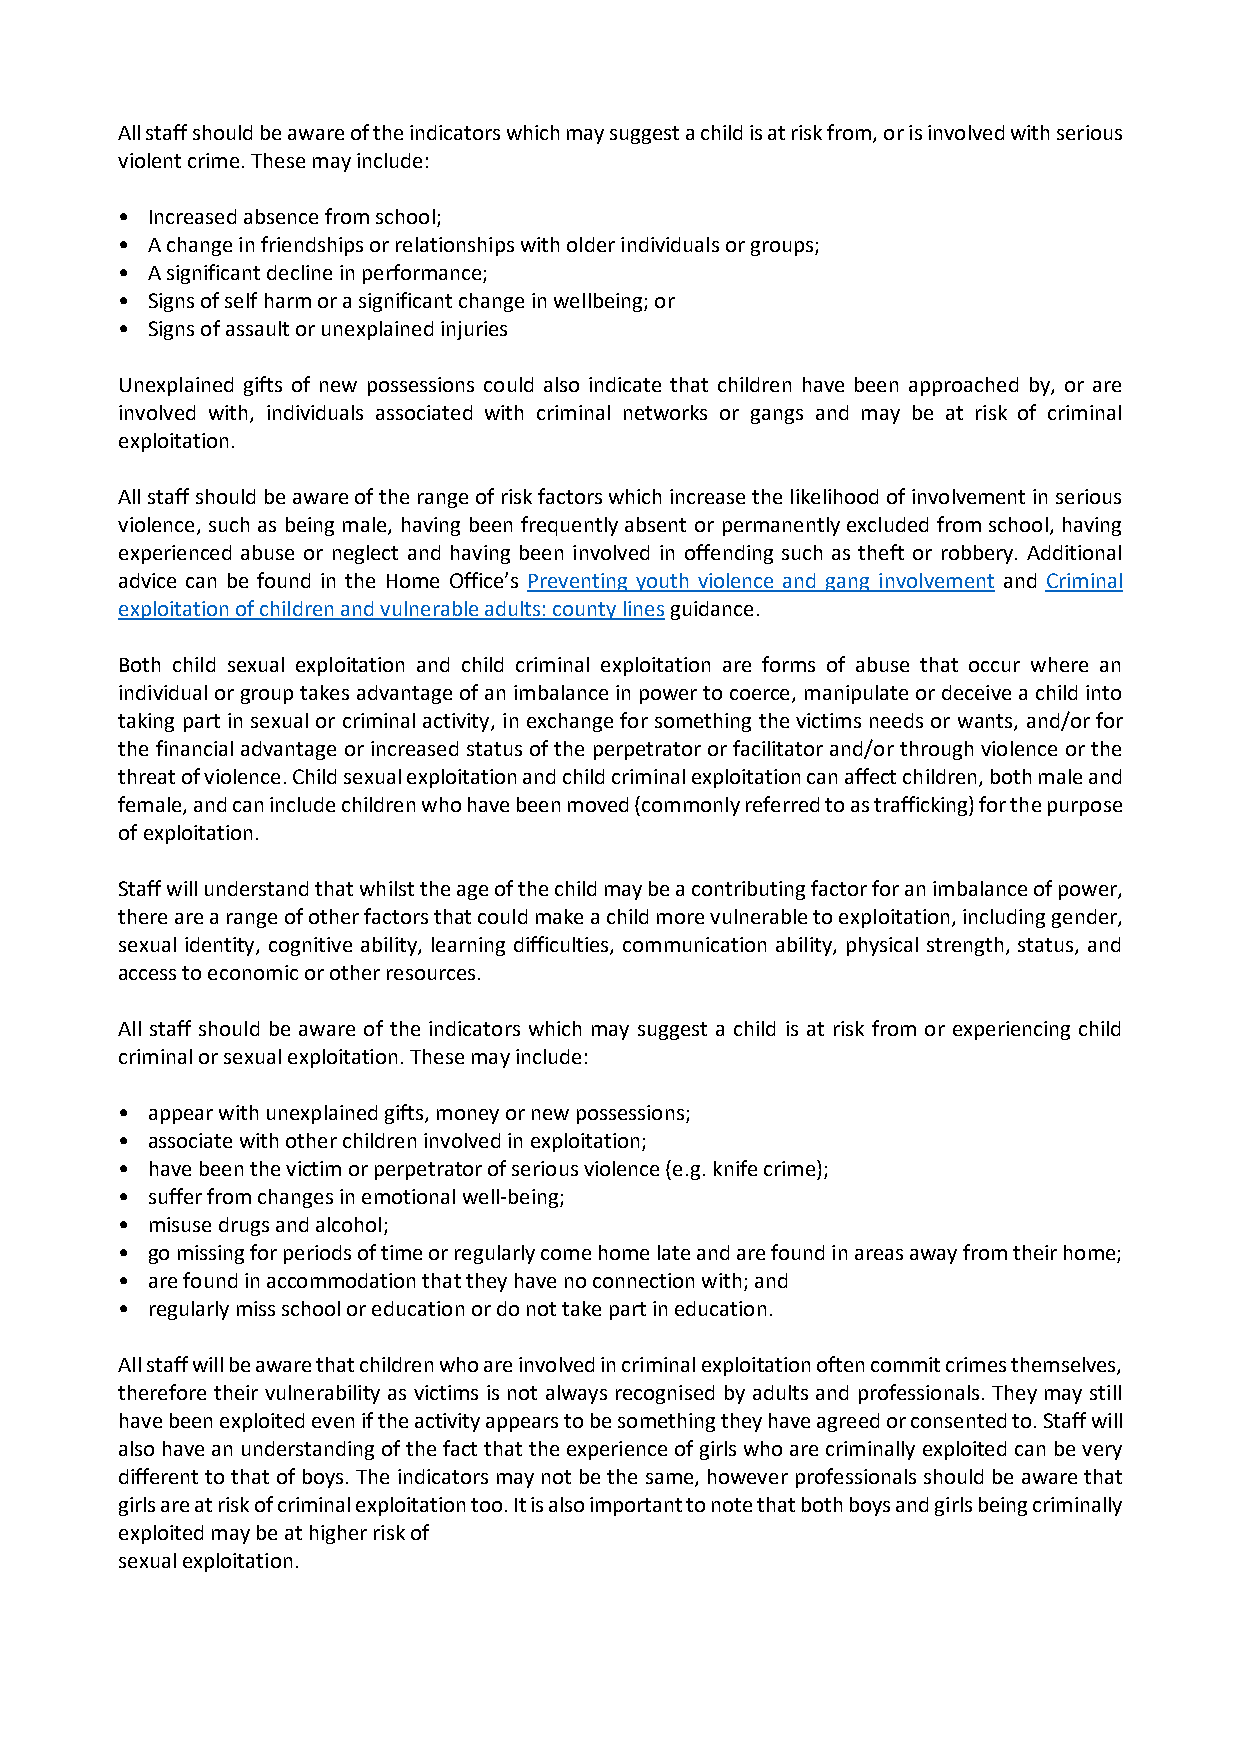
All staff should be aware of the indicators which may suggest a child is at risk from, or is involved with serious
 violent crime. These may include:
 • Increased absence from school;
 • A change in friendships or relationships with older individuals or groups;
 • A significant decline in performance;
 • Signs of self harm or a significant change in wellbeing; or
 • Signs of assault or unexplained injuries
 Unexplained gifts of new possessions could also indicate that children have been approached by, or are
 involved with, individuals associated with criminal networks or gangs and may be at risk of criminal
 exploitation.
 All staff should be aware of the range of risk factors which increase the likelihood of involvement in serious
 violence, such as being male, having been frequently absent or permanently excluded from school, having
 experienced abuse or neglect and having been involved in offending such as theft or robbery. Additional
 advice can be found in the Home Office’s Preventing youth violence and gang involvement and Criminal
 exploitation of children and vulnerable adults: county lines guidance.
 Both child sexual exploitation and child criminal exploitation are forms of abuse that occur where an
 individual or group takes advantage of an imbalance in power to coerce, manipulate or deceive a child into
 taking part in sexual or criminal activity, in exchange for something the victims needs or wants, and/or for
 the financial advantage or increased status of the perpetrator or facilitator and/or through violence or the
 threat of violence. Child sexual exploitation and child criminal exploitation can affect children, both male and
 female, and can include children who have been moved (commonly referred to as trafficking) for the purpose
 of exploitation.
 Staff will understand that whilst the age of the child may be a contributing factor for an imbalance of power,
 there are a range of other factors that could make a child more vulnerable to exploitation, including gender,
 sexual identity, cognitive ability, learning difficulties, communication ability, physical strength, status, and
 access to economic or other resources.
 All staff should be aware of the indicators which may suggest a child is at risk from or experiencing child
 criminal or sexual exploitation. These may include:
 • appear with unexplained gifts, money or new possessions;
 • associate with other children involved in exploitation;
 • have been the victim or perpetrator of serious violence (e.g. knife crime);
 • suffer from changes in emotional well-being;
 • misuse drugs and alcohol;
 • go missing for periods of time or regularly come home late and are found in areas away from their home;
 • are found in accommodation that they have no connection with; and
 • regularly miss school or education or do not take part in education.
 All staff will be aware that children who are involved in criminal exploitation often commit crimes themselves,
 therefore their vulnerability as victims is not always recognised by adults and professionals. They may still
 have been exploited even if the activity appears to be something they have agreed or consented to. Staff will
 also have an understanding of the fact that the experience of girls who are criminally exploited can be very
 different to that of boys. The indicators may not be the same, however professionals should be aware that
 girls are at risk of criminal exploitation too. It is also important to note that both boys and girls being criminally
 exploited may be at higher risk of
 sexual exploitation.